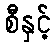
စီနှင့်